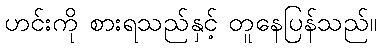
ဟင်းကို စားရသည်နှင့် တူနေပြန်သည်။